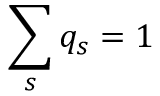
\sum _ { s } q _ { s } = 1